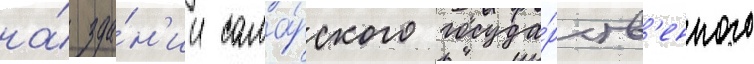
на́ зда́н'ии сама́рского госуда́рств'енного